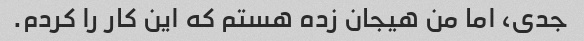
جدی، اما من هیجان زده هستم که این کار را کردم.